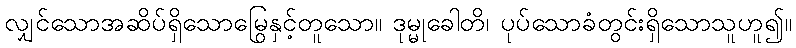
လျှင်သောအဆိပ်ရှိသောမြွေနှင့်တူသော။ ဒုမ္မုခေါတိ၊ ပုပ်သောခံတွင်းရှိသောသူဟူ၍။